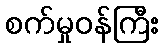
စက်မှုဝန်ကြီး